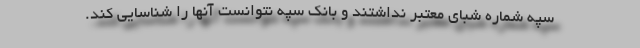
سپه شماره شبای معتبر نداشتند و بانک سپه نتوانست آنها را شناسایی کند.